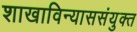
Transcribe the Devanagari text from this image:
शाखाविन्याससंयुक्त